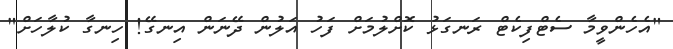
"އެހެންވީމާ ސެޓްފިކެޓް ރަނގަޅު ކޮށްލުމަށް ފަހު އަލުން ދޭނަން އިނގޭ! ހިނގާ ކުލާހަށް"